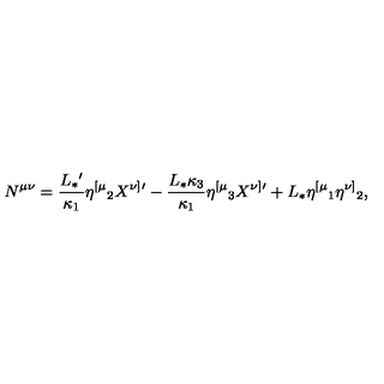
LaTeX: N ^ { \mu \nu } = { \frac { L _ { * } { } ^ { \prime } } { \kappa _ { 1 } } } \eta ^ { [ \mu } { } _ { 2 } X ^ { \nu ] } { } ^ { \prime } - { \frac { L _ { * } \kappa _ { 3 } } { \kappa _ { 1 } } } \eta ^ { [ \mu } { } _ { 3 } X ^ { \nu ] } { } ^ { \prime } + L _ { * } \eta ^ { [ \mu } { } _ { 1 } \eta ^ { \nu ] } { } _ { 2 } ,